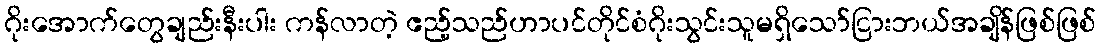
ဂိုးအောက်တွေချည်းနီးပါး ကန်လာတဲ့ ဧည့်သည်ဟာပင်တိုင်စံဂိုးသွင်းသူမရှိသော်ငြားဘယ်အချိန်ဖြစ်ဖြစ်